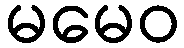
မမေဝ